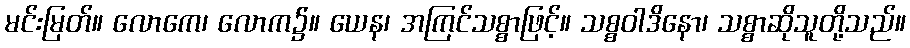
မင်းမြတ်။ လောကေ၊ လောက၌။ ယေန၊ အကြင်သစ္စာဖြင့်။ သစ္စဝါဒိနော၊ သစ္စာဆိုသူတို့သည်။